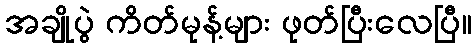
အချိုပွဲ ကိတ်မုန့်များ ဖုတ်ပြီးလေပြီ။